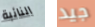
النائبة جيد